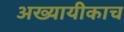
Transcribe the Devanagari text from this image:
अख्यायीकाच